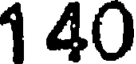
1 40